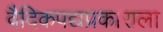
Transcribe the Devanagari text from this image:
वैदिकपद्यप्रकाराला